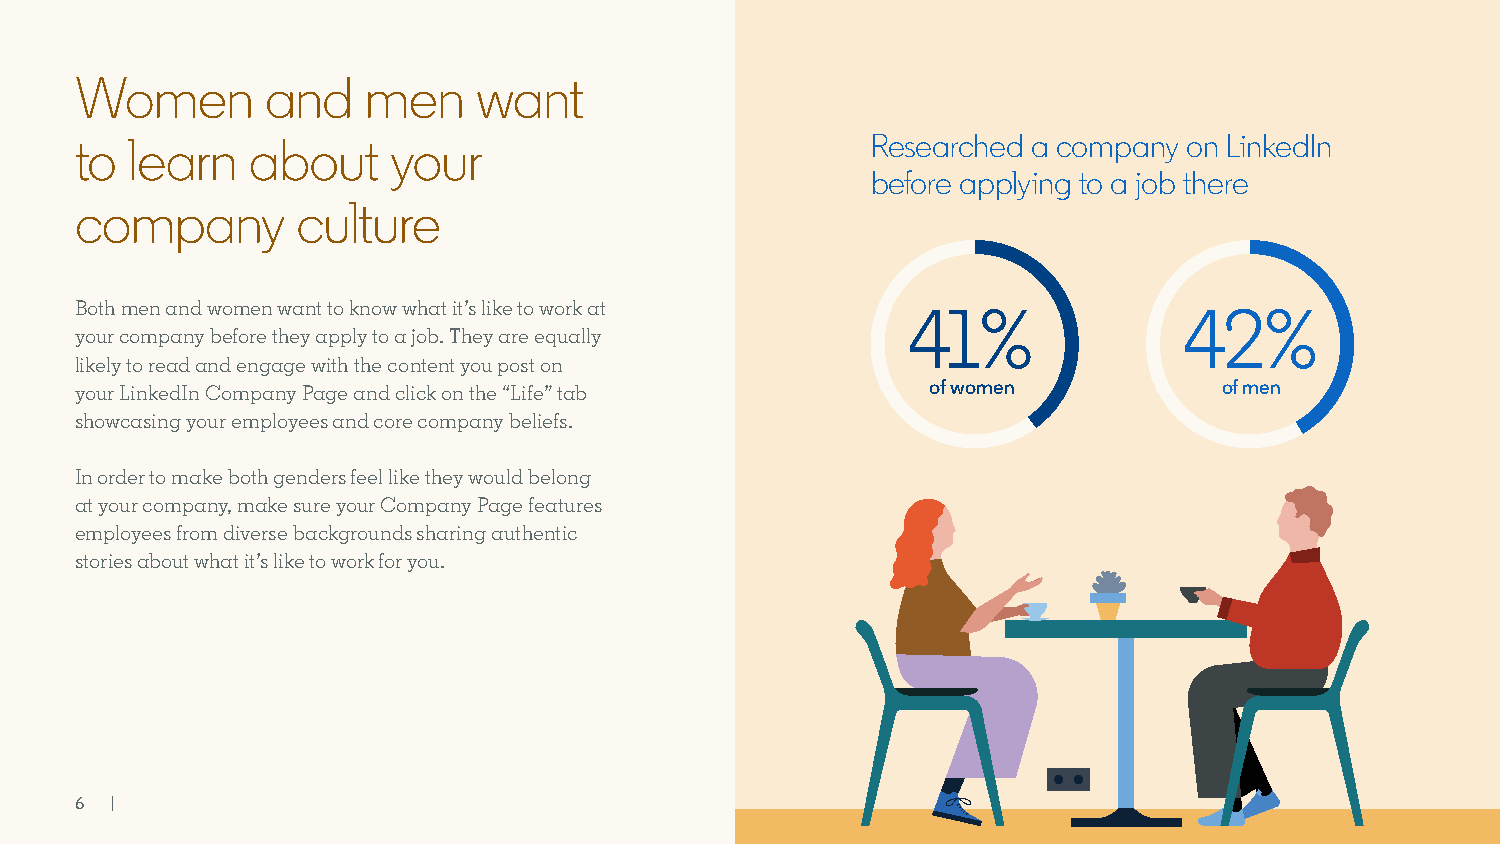
Women        and   men     want
 to learn   about     your                            Researched a company on LinkedIn
 before applying to a job there
 company        culture
 Both men and women want to know what it’s like to work at
 41%               42%
 your company before they apply to a job. They are equally
 likely to read and engage with the content you post on
 your LinkedIn Company Page and click on the “Life” tab   of women           of men
 showcasing your employees and core company beliefs.
 In order to make both genders feel like they would belong
 at your company, make sure your Company Page features
 employees from diverse backgrounds sharing authentic
 stories about what it’s like to work for you.
 6 |